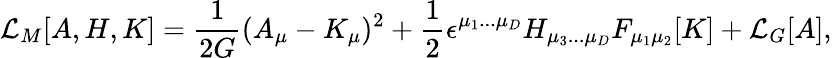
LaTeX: {\cal L}_{M}[A,H,K]={\frac{1}{2G}}(A_{\mu}-K_{\mu})^{2}+{\frac{1}{2}}\epsilon^{\mu_{1}...\mu_{D}}H_{\mu_{3}...\mu_{D}}F_{\mu_{1}\mu_{2}}[K]+{\cal L}_{G}[A],